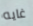
غايه